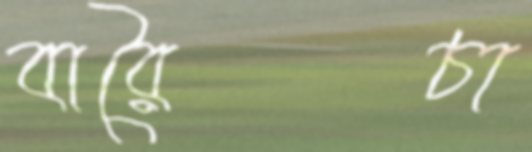
বারৈচা